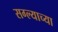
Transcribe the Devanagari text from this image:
सग्ल्याच्या